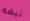
نبضه